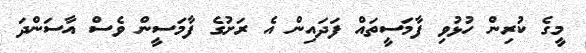
މީގެ ކުރިން ހުޅުވި ފާމަސީތައް ފަދައިން އެ ރަށުގެ ފާމަސީން ވެސް އާސަންދަ